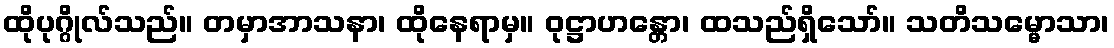
ထိုပုဂ္ဂိုလ်သည်။ တမှာအာသနာ၊ ထိုနေရာမှ။ ဝုဋ္ဌာဟန္တော၊ ထသည်ရှိသော်။ သတိသမ္မောသာ၊